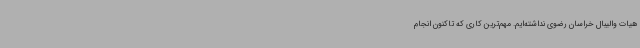
هیات والیبال خراسان رضوی نداشته‌ایم. مهم‌ترین کاری که تاکنون انجام